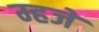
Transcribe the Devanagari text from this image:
म्हजे